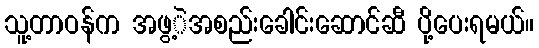
သူ့တာဝန်က အဖွ့ဲအစည်းခေါင်းဆောင်ဆီ ပို့ပေးရမယ်။